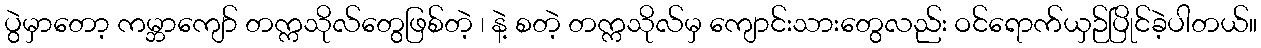
ပွဲမှာတော့ ကမ္ဘာကျော် တက္ကသိုလ်တွေဖြစ်တဲ့ ၊ နဲ့ စတဲ့ တက္ကသိုလ်မှ ကျောင်းသားတွေလည်း ဝင်ရောက်ယှဉ်ပြိုင်ခဲ့ပါတယ်။